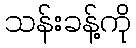
သန်းခန့်ကို